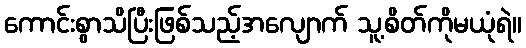
ကောင်းစွာသိပြီးဖြစ်သည့်အလျောက် သူ့စိတ်ကိုမယုံရဲ။